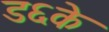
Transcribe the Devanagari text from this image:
ड६के